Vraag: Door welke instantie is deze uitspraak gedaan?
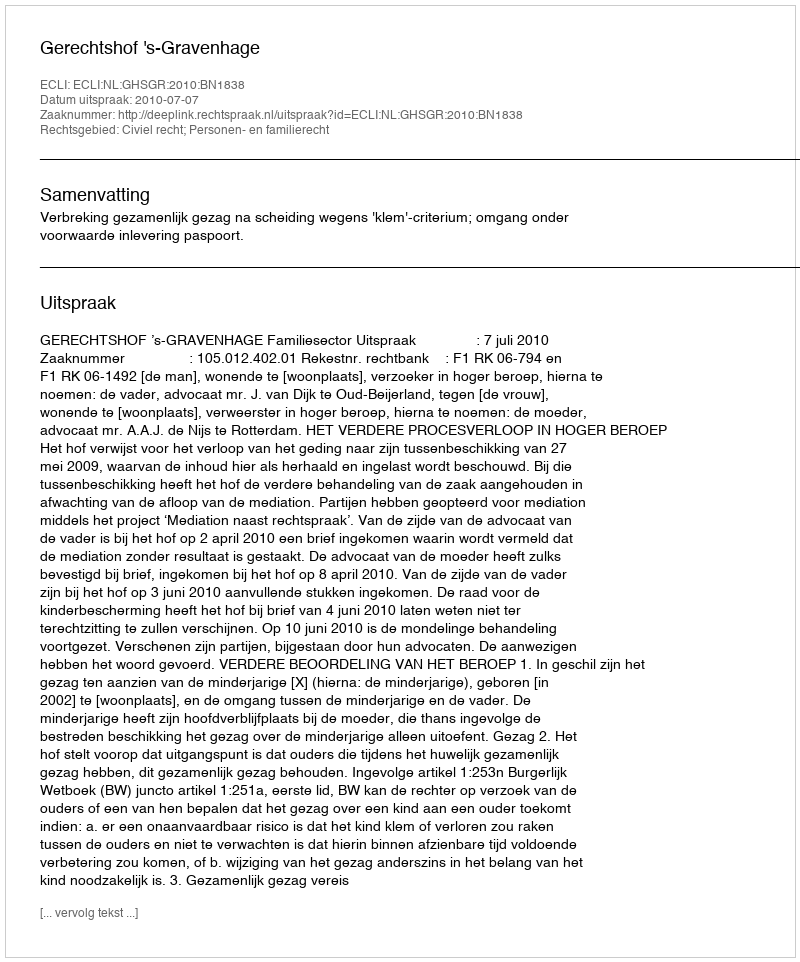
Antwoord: Gerechtshof 's-Gravenhage